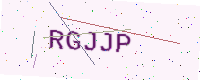
Text: RGJJP